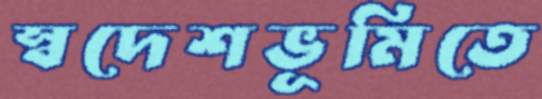
স্বদেশভূমিতে